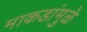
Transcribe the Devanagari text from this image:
माकडांमुळे